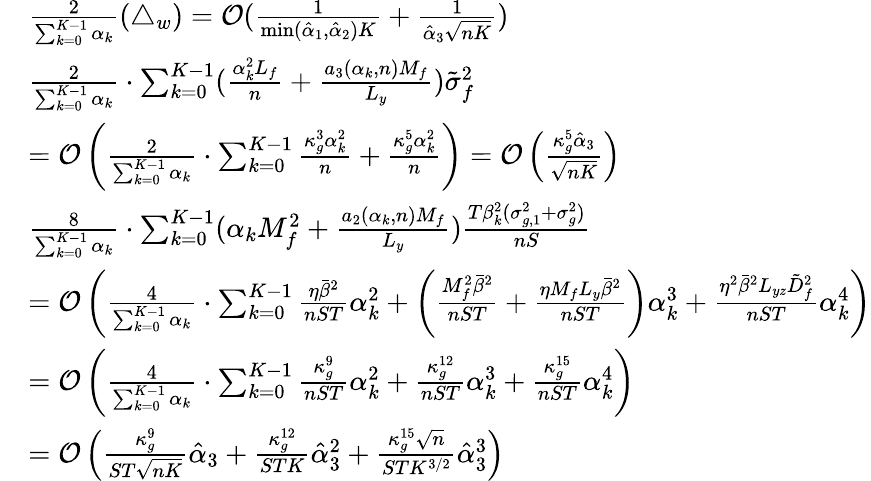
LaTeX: \begin{array}{rl}&{\frac{2}{\sum_{k=0}^{K-1}\alpha_{k}}(\triangle_{w})=\mathcal{O}(\frac{1}{\operatorname*{min}(\hat{\alpha}_{1},\hat{\alpha}_{2})K}+{\frac{1}{\hat{\alpha}_{3}\sqrt{nK}}})}\\ &{\frac{2}{\sum_{k=0}^{K-1}\alpha_{k}}\cdot\sum_{k=0}^{K-1}(\frac{\alpha_{k}^{2}L_{f}}{n}+\frac{a_{3}(\alpha_{k},n)M_{f}}{L_{y}})\tilde{\sigma}_{f}^{2}}\\ &{=\mathcal{O}\left(\frac{2}{\sum_{k=0}^{K-1}\alpha_{k}}\cdot\sum_{k=0}^{K-1}\frac{\kappa_{g}^{3}\alpha_{k}^{2}}{n}+\frac{\kappa_{g}^{5}\alpha_{k}^{2}}{n}\right)=\mathcal{O}\left(\frac{\kappa_{g}^{5}\hat{\alpha}_{3}}{\sqrt{nK}}\right)}\\ &{\frac{8}{\sum_{k=0}^{K-1}\alpha_{k}}\cdot\sum_{k=0}^{K-1}(\alpha_{k}M_{f}^{2}+\frac{a_{2}(\alpha_{k},n)M_{f}}{L_{y}})\frac{T\beta_{k}^{2}(\sigma_{g,1}^{2}+\sigma_{g}^{2})}{{nS}}}\\ &{=\mathcal{O}\left(\frac{4}{\sum_{k=0}^{K-1}\alpha_{k}}\cdot\sum_{k=0}^{K-1}\frac{\eta\bar{\beta}^{2}}{nST}\alpha_{k}^{2}+\left(\frac{M_{f}^{2}\bar{\beta}^{2}}{nST}+\frac{\eta M_{f}L_{y}\bar{\beta}^{2}}{nST}\right)\alpha_{k}^{3}+\frac{\eta^{2}\bar{\beta}^{2}L_{yz}\tilde{D}_{f}^{2}}{nST}\alpha_{k}^{4}\right)}\\ &{=\mathcal{O}\left(\frac{4}{\sum_{k=0}^{K-1}\alpha_{k}}\cdot\sum_{k=0}^{K-1}\frac{\kappa_{g}^{9}}{nST}\alpha_{k}^{2}+\frac{\kappa_{g}^{12}}{nST}\alpha_{k}^{3}+\frac{\kappa_{g}^{15}}{nST}\alpha_{k}^{4}\right)}\\ &{=\mathcal{O}\left(\frac{\kappa_{g}^{9}}{ST\sqrt{nK}}\hat{\alpha}_{3}+\frac{\kappa_{g}^{12}}{STK}\hat{\alpha}_{3}^{2}+\frac{\kappa_{g}^{15}\sqrt{n}}{STK^{3/2}}\hat{\alpha}_{3}^{3}\right)}\end{array}